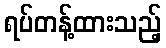
ရပ်တန့်ထားသည့်